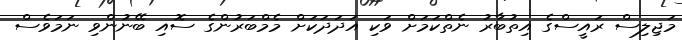
މަޖިލިސް ރައީސްގެ އިތުބާރު ނެތްކަމަށް ވަކި އަދަދަކަށް މެމްބަރުންގެ ސޮއި ބޭނުންވި ނަމަވެސް